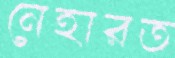
নেহারত